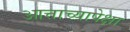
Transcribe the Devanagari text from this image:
आत्ताच्यापेक्षा